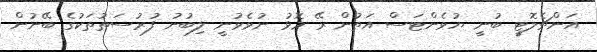
އަންޗެލޮޓީ ބުނީ ޔުވެންޓަސް އަތުން ރޭ މޮޅު ނުވެވުނީ ލިބުނު ފުރުސަތުތަކުގެ ބޭނުން